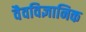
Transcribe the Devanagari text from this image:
वैवविज्ञानिक